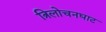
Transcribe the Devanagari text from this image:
त्रिलोचनघाट